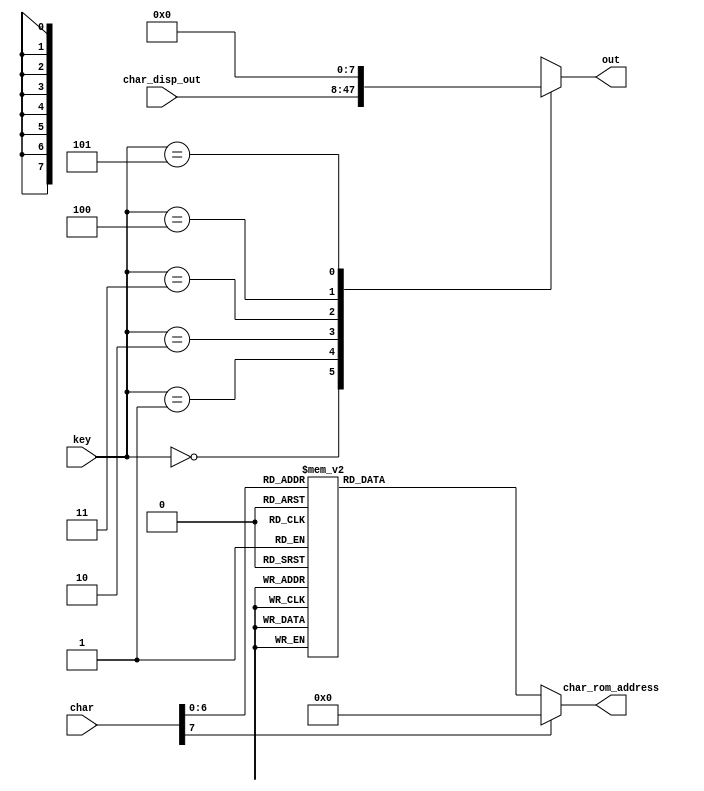
`timescale 1ns / 1ps
//////////////////////////////////////////////////////////////////////////////////
// Company:	-
// 
// Design Name: 	-
// Module Name:    Register4x4bit 
// Project Name: 	FPGA implementation of simple XOR cipher
// Target Devices: -
// Tool versions: -
// Description: -
//
// Dependencies: -
//
// Revision: 
// Revision 0.01 - File Created
// Additional Comments: 
//
//////////////////////////////////////////////////////////////////////////////////
module ascii_to_char_encoder(
	input [7:0] char,
	input [2:0] key,
	input [39:0] char_disp_out,
	output reg [7:0] out,
	output reg [6:0] char_rom_address );
	
	// Output logic
	always@(key or char_disp_out)
		case(key)
			3'b000: out = char_disp_out[39:32];
			3'b001: out = char_disp_out[31:24];
			3'b010: out = char_disp_out[23:16];
			3'b011: out = char_disp_out[15:8];
			3'b100: out = char_disp_out[7:0];
			3'b101: out = 8'h00;
			default: out = 8'hxx;
		endcase
	
	// Encoder for chars
	always@(char)
		case(char)
			8'h20: char_rom_address = 0; //
			8'h21: char_rom_address = 1; // !
			8'h22: char_rom_address = 2; // "
			8'h23: char_rom_address = 3; // #
			8'h24: char_rom_address = 4; // $
			8'h25: char_rom_address = 5; // %
			8'h26: char_rom_address = 6; // &
			8'h27: char_rom_address = 7; // '
			8'h28: char_rom_address = 8; // (
			8'h29: char_rom_address = 9; // )
			8'h2a: char_rom_address = 10; // *
			8'h2b: char_rom_address = 11; // +
			8'h2c: char_rom_address = 12; // ,
			8'h2d: char_rom_address = 13; // -
			8'h2e: char_rom_address = 14; // .
			8'h2f: char_rom_address = 15; // /
			8'h30: char_rom_address = 16; // 0
			8'h31: char_rom_address = 17; // 1
			8'h32: char_rom_address = 18; // 2
			8'h33: char_rom_address = 19; // 3
			8'h34: char_rom_address = 20; // 4
			8'h35: char_rom_address = 21; // 5
			8'h36: char_rom_address = 22; // 6
			8'h37: char_rom_address = 23; // 7
			8'h38: char_rom_address = 24; // 8
			8'h39: char_rom_address = 25; // 9
			8'h3a: char_rom_address = 26; // :
			8'h3b: char_rom_address = 27; // ;
			8'h3c: char_rom_address = 28; // <
			8'h3d: char_rom_address = 29; // =
			8'h3e: char_rom_address = 30; // >
			8'h3f: char_rom_address = 31; // ?
			8'h40: char_rom_address = 32; // @
			8'h41: char_rom_address = 33; // A
			8'h42: char_rom_address = 34; // B
			8'h43: char_rom_address = 35; // C
			8'h44: char_rom_address = 36; // D
			8'h45: char_rom_address = 37; // E
			8'h46: char_rom_address = 38; // F
			8'h47: char_rom_address = 39; // G
			8'h48: char_rom_address = 40; // H
			8'h49: char_rom_address = 41; // I
			8'h4a: char_rom_address = 42; // J
			8'h4b: char_rom_address = 43; // K
			8'h4c: char_rom_address = 44; // L
			8'h4d: char_rom_address = 45; // M
			8'h4e: char_rom_address = 46; // N
			8'h4f: char_rom_address = 47; // O
			8'h50: char_rom_address = 48; // P
			8'h51: char_rom_address = 48; // Q
			8'h52: char_rom_address = 50; // R
			8'h53: char_rom_address = 51; // S
			8'h54: char_rom_address = 52; // T
			8'h55: char_rom_address = 53; // U
			8'h56: char_rom_address = 54; // V
			8'h57: char_rom_address = 55; // W
			8'h58: char_rom_address = 56; // X
			8'h59: char_rom_address = 57; // Y
			8'h5a: char_rom_address = 58; // Z
			8'h5b: char_rom_address = 59; // [
			8'h5c: char_rom_address = 60; // \
			8'h5d: char_rom_address = 61; // ]
			8'h5e: char_rom_address = 62; // ^
			8'h5f: char_rom_address = 63; // _
			8'h60: char_rom_address = 64; // `
			8'h61: char_rom_address = 65; // a
			8'h62: char_rom_address = 66; // b
			8'h63: char_rom_address = 67; // c
			8'h64: char_rom_address = 68; // d
			8'h65: char_rom_address = 69; // e
			8'h66: char_rom_address = 70; // f
			8'h67: char_rom_address = 71; // g
			8'h68: char_rom_address = 72; // h
			8'h69: char_rom_address = 73; // i
			8'h6a: char_rom_address = 74; // j
			8'h6b: char_rom_address = 75; // k
			8'h6c: char_rom_address = 76; // l
			8'h6d: char_rom_address = 77; // m
			8'h6e: char_rom_address = 78; // n
			8'h6f: char_rom_address = 79; // o
			8'h70: char_rom_address = 80; // p
			8'h71: char_rom_address = 81; // q
			8'h72: char_rom_address = 82; // r
			8'h73: char_rom_address = 83; // s
			8'h74: char_rom_address = 84; // t
			8'h75: char_rom_address = 85; // u
			8'h76: char_rom_address = 86; // v
			8'h77: char_rom_address = 87; // w
			8'h78: char_rom_address = 88; // x
			8'h79: char_rom_address = 89; // y
			8'h7a: char_rom_address = 90; // z
			8'h7b: char_rom_address = 91; // {
			8'h7c: char_rom_address = 92; // |
			8'h7d: char_rom_address = 93; // }
			8'h7e: char_rom_address = 94; // ~
			8'h7f: char_rom_address = 95; // DEL
			default: char_rom_address = 0; // ~
		endcase
		
endmodule